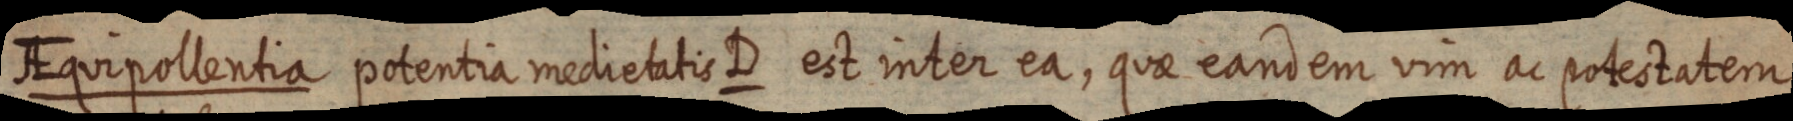
AEquipollentia potentia medietatis D est inter ea, quae eandem vim ac potestatem